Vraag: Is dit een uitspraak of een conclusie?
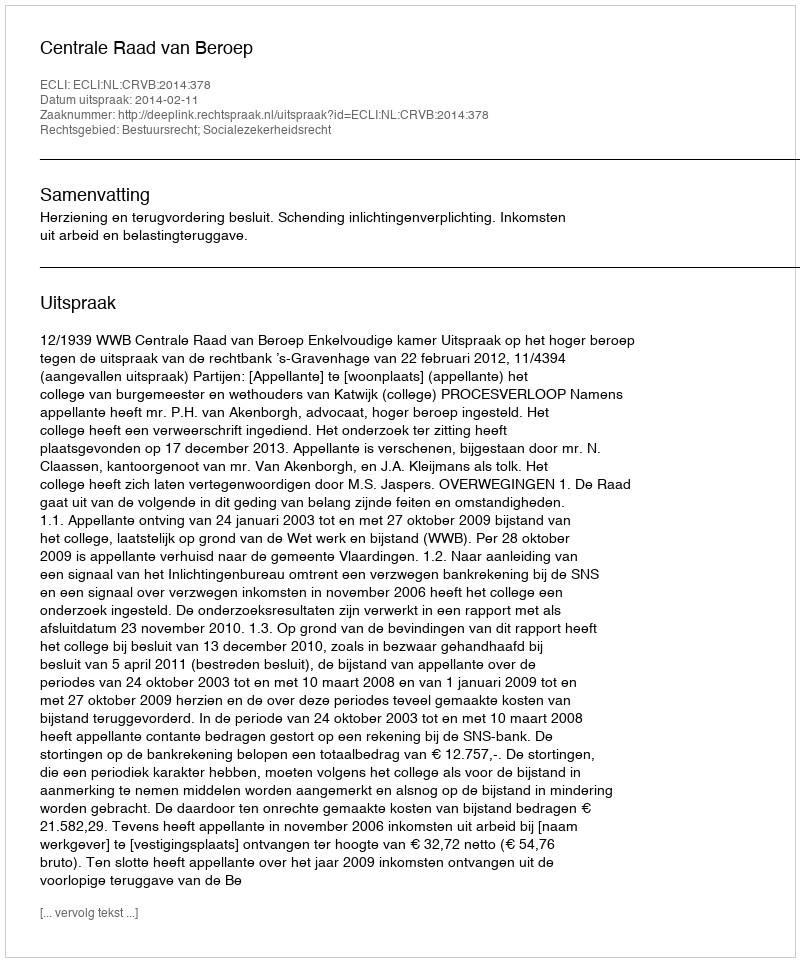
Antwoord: Uitspraak